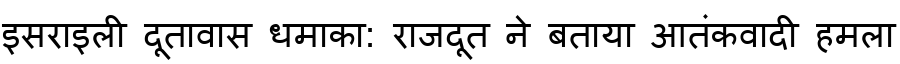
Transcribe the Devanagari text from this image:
इसराइली दूतावास धमाका: राजदूत ने बताया आतंकवादी हमला